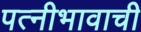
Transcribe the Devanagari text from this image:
पत्नीभावाची